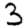
Digit: 3